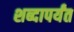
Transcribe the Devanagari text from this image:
शब्दापर्यंत